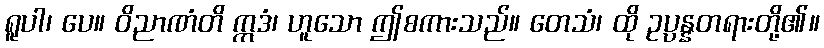
ရူပါ၊ ပေ။ ဝိညာဏံတိ ဣဒံ၊ ဟူသော ဤစကားသည်။ တေသံ၊ ထို ဥပ္ပန္နတရားတို့၏။